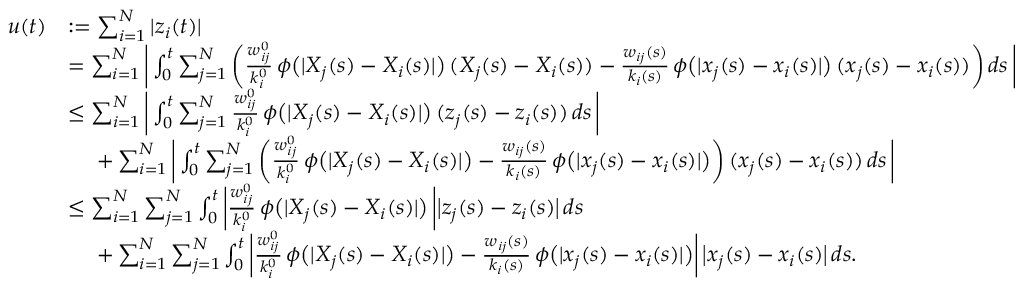
\begin{array} { r l } { u ( t ) } & { : = \sum _ { i = 1 } ^ { N } | z _ { i } ( t ) | } \\ & { = \sum _ { i = 1 } ^ { N } \bigg | \int _ { 0 } ^ { t } \sum _ { j = 1 } ^ { N } \bigg ( \frac { w _ { i j } ^ { 0 } } { k _ { i } ^ { 0 } } \, \phi \big ( | X _ { j } ( s ) - X _ { i } ( s ) | \big ) \, ( X _ { j } ( s ) - X _ { i } ( s ) ) - \frac { w _ { i j } ( s ) } { k _ { i } ( s ) } \, \phi \big ( | x _ { j } ( s ) - x _ { i } ( s ) | \big ) \, ( x _ { j } ( s ) - x _ { i } ( s ) ) \bigg ) \, d s \, \bigg | } \\ & { \leq \sum _ { i = 1 } ^ { N } \bigg | \int _ { 0 } ^ { t } \sum _ { j = 1 } ^ { N } \frac { w _ { i j } ^ { 0 } } { k _ { i } ^ { 0 } } \, \phi \big ( | X _ { j } ( s ) - X _ { i } ( s ) | \big ) \, ( z _ { j } ( s ) - z _ { i } ( s ) ) \, d s \, \bigg | } \\ & { \quad \, \, + \sum _ { i = 1 } ^ { N } \bigg | \int _ { 0 } ^ { t } \sum _ { j = 1 } ^ { N } \bigg ( \frac { w _ { i j } ^ { 0 } } { k _ { i } ^ { 0 } } \, \phi \big ( | X _ { j } ( s ) - X _ { i } ( s ) | \big ) - \frac { w _ { i j } ( s ) } { k _ { i } ( s ) } \, \phi \big ( | x _ { j } ( s ) - x _ { i } ( s ) | \big ) \bigg ) \, ( x _ { j } ( s ) - x _ { i } ( s ) ) \, d s \, \bigg | } \\ & { \leq \sum _ { i = 1 } ^ { N } \sum _ { j = 1 } ^ { N } \int _ { 0 } ^ { t } \bigg | \frac { w _ { i j } ^ { 0 } } { k _ { i } ^ { 0 } } \, \phi \big ( | X _ { j } ( s ) - X _ { i } ( s ) | \big ) \, \bigg | \big | z _ { j } ( s ) - z _ { i } ( s ) \big | \, d s \, } \\ & { \quad \, \, + \sum _ { i = 1 } ^ { N } \sum _ { j = 1 } ^ { N } \int _ { 0 } ^ { t } \bigg | \frac { w _ { i j } ^ { 0 } } { k _ { i } ^ { 0 } } \, \phi \big ( | X _ { j } ( s ) - X _ { i } ( s ) | \big ) - \frac { w _ { i j } ( s ) } { k _ { i } ( s ) } \, \phi \big ( | x _ { j } ( s ) - x _ { i } ( s ) | \big ) \bigg | \, \big | x _ { j } ( s ) - x _ { i } ( s ) \big | \, d s . \, } \end{array}